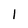
Character: l